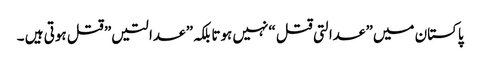
پاکستان میں” عدالتی قتل “نہیں ہوتا بلکہ” عدالتیں” قتل ہوتی ہیں ۔